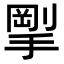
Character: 𪮚